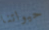
حيواتنا